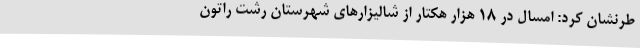
طرنشان کرد: امسال در 18 هزار هکتار از شالیزارهای شهرستان رشت راتون